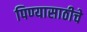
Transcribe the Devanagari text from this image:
पिण्यासाठीचे